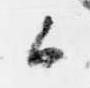
候